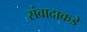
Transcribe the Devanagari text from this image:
संवादाकडे